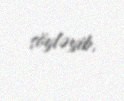
söyləyib.